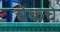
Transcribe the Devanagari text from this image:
चेकचे